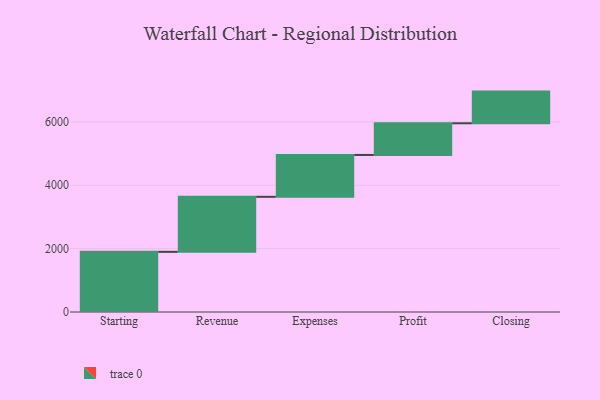
{"axis": {"x": "Step", "y": "Value"}, "legend": [""], "data": [{"x": "Starting", "y": 1899.0, "type": ""}, {"x": "Revenue", "y": 1737.0, "type": ""}, {"x": "Expenses", "y": 1321.0, "type": ""}, {"x": "Profit", "y": 1000, "type": ""}, {"x": "Closing", "y": 1000, "type": ""}]}